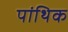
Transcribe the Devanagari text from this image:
पांथिक